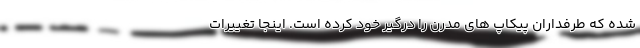
شده که طرفداران پیکاپ های مدرن را درگیر خود کرده است. اینجا تغییرات